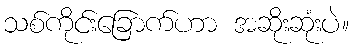
သစ်ကိုင်းခြောက်ဟာ အဆိုးဆုံးပဲ။